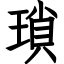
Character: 瑣